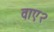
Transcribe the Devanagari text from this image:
वाए२